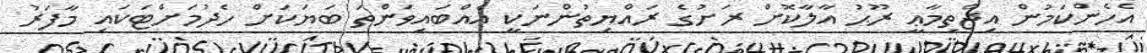
އެހެންކަމުން އިޖްތިމާޢީ ރޫޙު އާލާކޮށް ރަށުގެ ރައްޔިތުންނަކީ އެއްބައިވަންތަ ބަޔަކަށް ހެދުމަށްޓަކައި މާފަރު